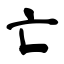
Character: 亡